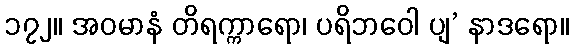
၁၇၂။ အဝမာနံ တိရက္ကာရော၊ ပရိဘဝေါ ပျ’ နာဒရော။